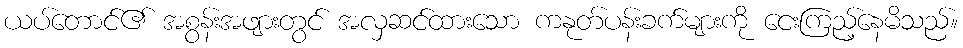
ယပ်တောင်၏ အစွန်းအဖျားတွင် အလှဆင်ထားသော ကနုတ်ပန်းခက်များကို ငေးကြည့်နေမိသည်။